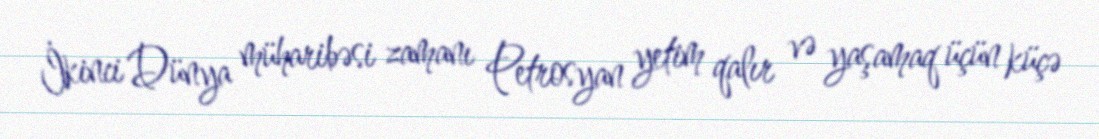
İkinci Dünya müharibəsi zamanı Petrosyan yetim qalır və yaşamaq üçün küçə